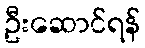
ဦးဆောင်ရန်